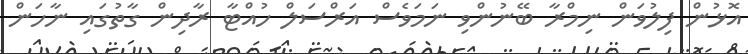
އޮޅުން ފިލުވަން ނިމްރާ ބޭނުންވި ނަމަވެސް އަރްސަލް ހުއްޓާ ރާދިން ގާތުގައި ނާހަން